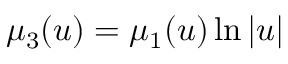
\mu _ { 3 } ( u ) = \mu _ { 1 } ( u ) \ln | u |